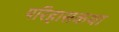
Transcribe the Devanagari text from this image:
परिहासकथा